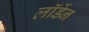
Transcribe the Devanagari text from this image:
लॉर्डेन